Lunatic asylums United Provinces 1909-1921 - 1909-1921
Year: 1909
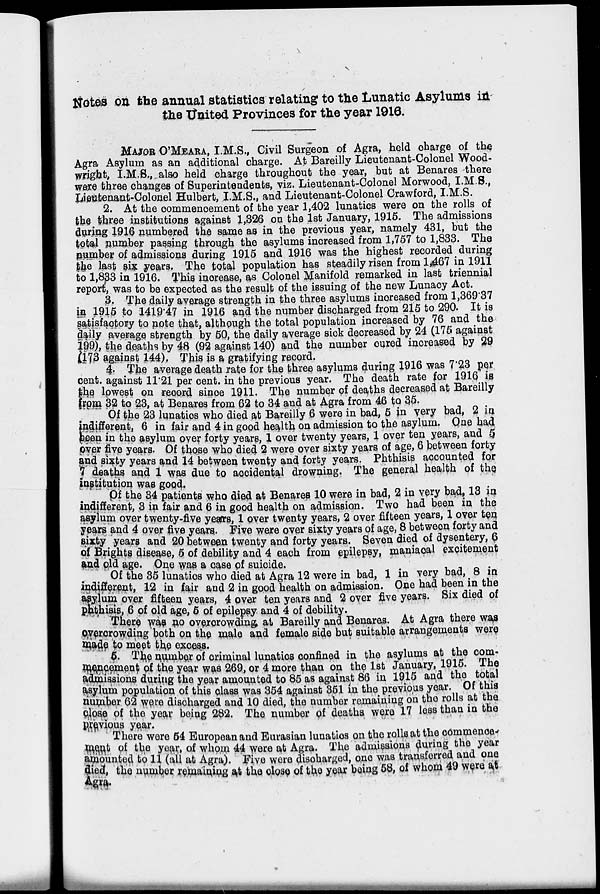
Notes on the annual statistics relating to the Lunatic Asylums in
the United Provinces for the year 1916.
MAJOR O' MEARA, I.M.S., Civil Surgeon of Agra, held charge of the
Agra Asylum as an additional charge. At Bareilly Lieutenant-Colonel Wood-
wright, I.M.S., also held charge throughout the year, but at Benares there
were three changes of Superintendents, viz. Lieutenant-Colonel Morwood, I.M.S.,
Lieutenant-Colonel Hulbert, I.M.S. and Lieutenant-Colonel Crawford, I.M.S.
2. At the commencement of the year 1,402 lunatics were on the rolls of
the three institutions against 1,326 on the 1st January, 1915. The admissions
during 1916 numbered the same as in the previous year, namely 431, but the
total number passing through the asylums increased from 1,757 to 1,833. The
number of admissions during 1915 and 1916 was the highest recorded during
the last six years. The total population has steadily risen from 1,467 in 1911
to 1,833 in 1916. This increase, as Colonel Manifold remarked in last triennial
report, was to be expected as the result of the issuing of the new Lunacy Act.
3. The daily average strength in the three asylums increased from 1,369.37
in 1915 to 1419.47 in 1916 and the number discharged from 215 to 290. It is
satisfactory to note that, although the total population increased by 76 and the
daily average strength by 50, the daily average sick decreased by 24 (175 against
199), the deaths by 48 (92 against 140) and the number cured increased by 29
(173 against 144). This is a gratifying record.
4. The average death rate for the three asylums during 1916 was 7.23 per
cent. against 11.21 per cent. in the previous year. The death rate for 1916 is
the lowest on record since 1911. The number of deaths decreased at Bareilly
from 32 to 23, at Benares from 62 to 34 and at Agra from 46 to 35.
Of the 23 lunatics who died at Bareilly 6 were in bad, 5 in very bad, 2 in
indifferent, 6 in fair and 4 in good health on admission to the asylum. One had
been in the asylum over forty years, 1 over twenty years, 1 over ten years, and 5
over five years. Of those who died 2 were over sixty years of age, 6 between forty
and sixty years and 14 between twenty and forty years. Phthisis accounted for
7 deaths and 1 was due to accidental drowning. The general health of the
institution was good.
Of the 34 patients who died at Benares 10 were in bad, 2 in very bad, 13 in
indifferent, 3 in fair and 6 in good health on admission. Two had been in the
asylum over twenty-five years, 1 over twenty years, 2 over fifteen years, 1 over ten
years and 4 over five years. Five were over sixty years of age, 8 between forty and
sixty years and 20 between twenty and forty years. Seven died of dysentery, 6
of Brights disease, 5 of debility and 4 each from epilepsy, maniacal excitement
and old age. One was a case of suicide.
Of the 35 lunatics who died at Agra 12 were in bad, 1 in very bad, 8 in
indifferent, 12 in fair and 2 in good health on admission. One had been in the
asylum over fifteen years, 4 over ten years and 2 over five years. Six died of
phthisis, 6 of old age, 5 of epilepsy and 4 of debility.
There was no overcrowding at Bareilly and Benares. At Agra there was
overcrowding both on the male and female side but suitable arrangements were
made to meet the excess.
5. The number of criminal lunatics confined in the asylums at the com-
mencement of the year was 269, or 4 more than on the 1st January, 1915. The
admissions during the year amounted to 85 as against 86 in 1915 and the total
asylum population of this class was 354 against 351 in the previous year. Of this
number 62 were discharged and 10 died, the number remaining on the rolls at the
close of the year being 282. The number of deaths were 17 less than in the
previous year.
There were 54 European and Eurasian lunatics on the rolls at the commence
ment of the year, of whom 44 were at Agra. The admissions during the year
amounted to 11 (all at Agra). Five were discharged, one was transferred and one
died, the number remaining at the close of the year being 58, of whom 49 were at
Agra.